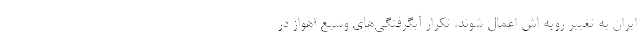
ایران به تغییر رویه اش اعمال شوند. تکرار آبگرفتگی‌های وسیع اهواز در